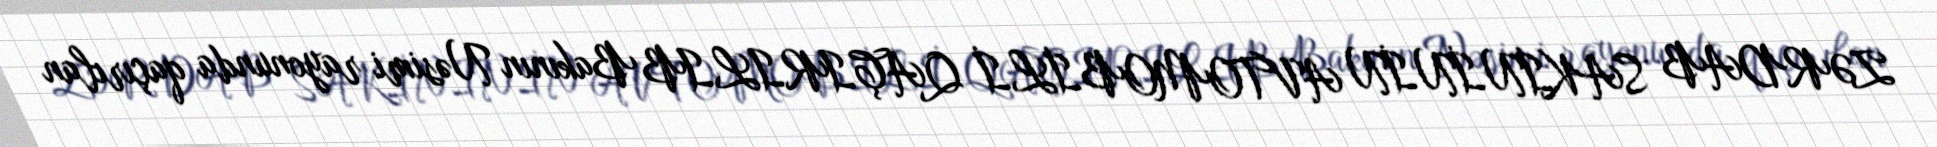
ZƏRDAB SAKİNİNİN AVTOMOBİLİ QAÇIRILIB Bakının Nəsimi rayonunda qaçırılan